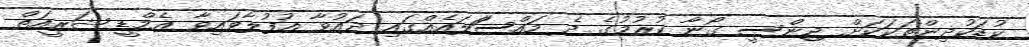
ކުޑަކުދިންތަކަކަށް ޖިންސީ ގޯނާ ކުރުމުގެ ދެ މައްސަަލައެއްގައި ދައުުވާ އުފުލާވައިވާ އެމްޑީ ޝަރީއަތް